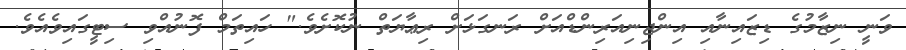
ވަނީ ނިޒާމުގެ ޑިޒައިނާއި އިންޖިނިއަރިންޑްއަށް ރަނގަޅަށް ރިޢާޔަތް ނުކޮށެވެ." ހައިތަމް ފޮނުއްވި ސިޓީގައިވެއެވެ.